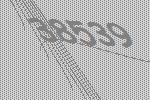
38539